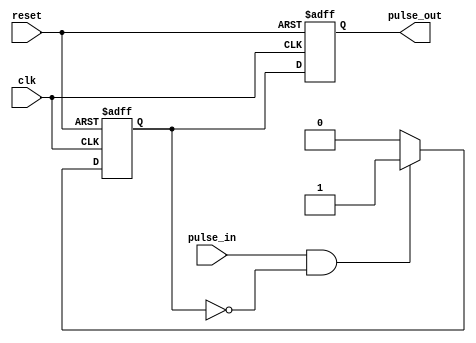
module PulseSynchronizer (
    input wire clk,
    input wire reset,
    input wire pulse_in,
    output reg pulse_out
);

reg pulse_sync;

always @(posedge clk or posedge reset) begin
    if (reset) begin
        pulse_sync <= 1'b0;
    end else if (pulse_in && !pulse_sync) begin
        pulse_sync <= 1'b1;
    end else begin
        pulse_sync <= 1'b0;
    end
end

always @(posedge clk or posedge reset) begin
    if (reset) begin
        pulse_out <= 1'b0;
    end else begin
        pulse_out <= pulse_sync;
    end
end

endmodule